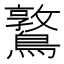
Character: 𪆃